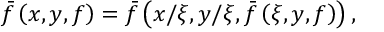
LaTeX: \bar { f } \left( x , y , f \right) = \bar { f } \left( x / \xi , y / \xi , \bar { f } \left( \xi , y , f \right) \right) ,